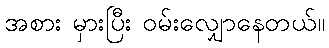
အစား မှားပြီး ဝမ်းလျှောနေတယ်။